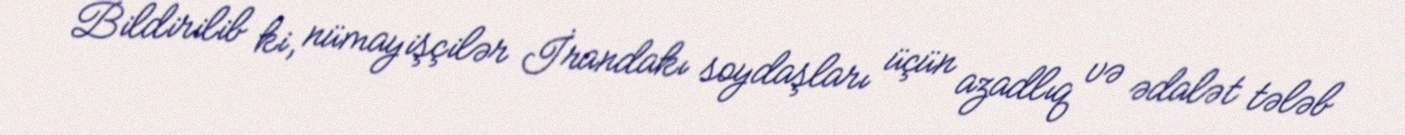
Bildirilib ki, nümayişçilər İrandakı soydaşları üçün azadlıq və ədalət tələb